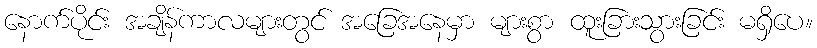
နောက်ပိုင်း အချိန်ကာလများတွင် အခြေအနေမှာ များစွာ ထူးခြားသွားခြင်း မရှိပေ။